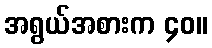
အရွယ်အစားက ၄၀။